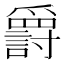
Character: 𬋷